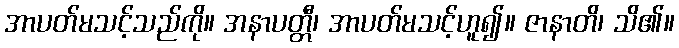
အာပတ်မသင့်သည်ကို။ အနာပတ္တီ၊ အာပတ်မသင့်ဟူ၍။ ဇာနာတိ၊ သိ၏။